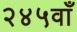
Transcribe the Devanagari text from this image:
२४५वाँ